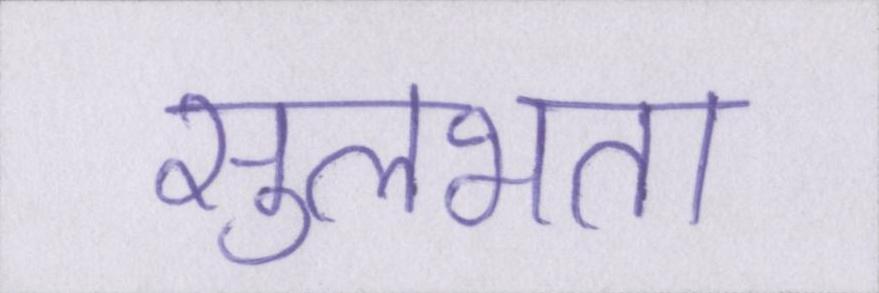
सुलभता